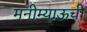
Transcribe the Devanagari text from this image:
मनीम्याऊची